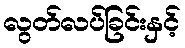
လွတ်လပ်ခြင်းနှင့်